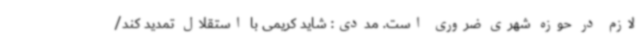
لازم در حوزه شهری ضروری است. مددی: شاید کریمی با استقلال تمدید کند/